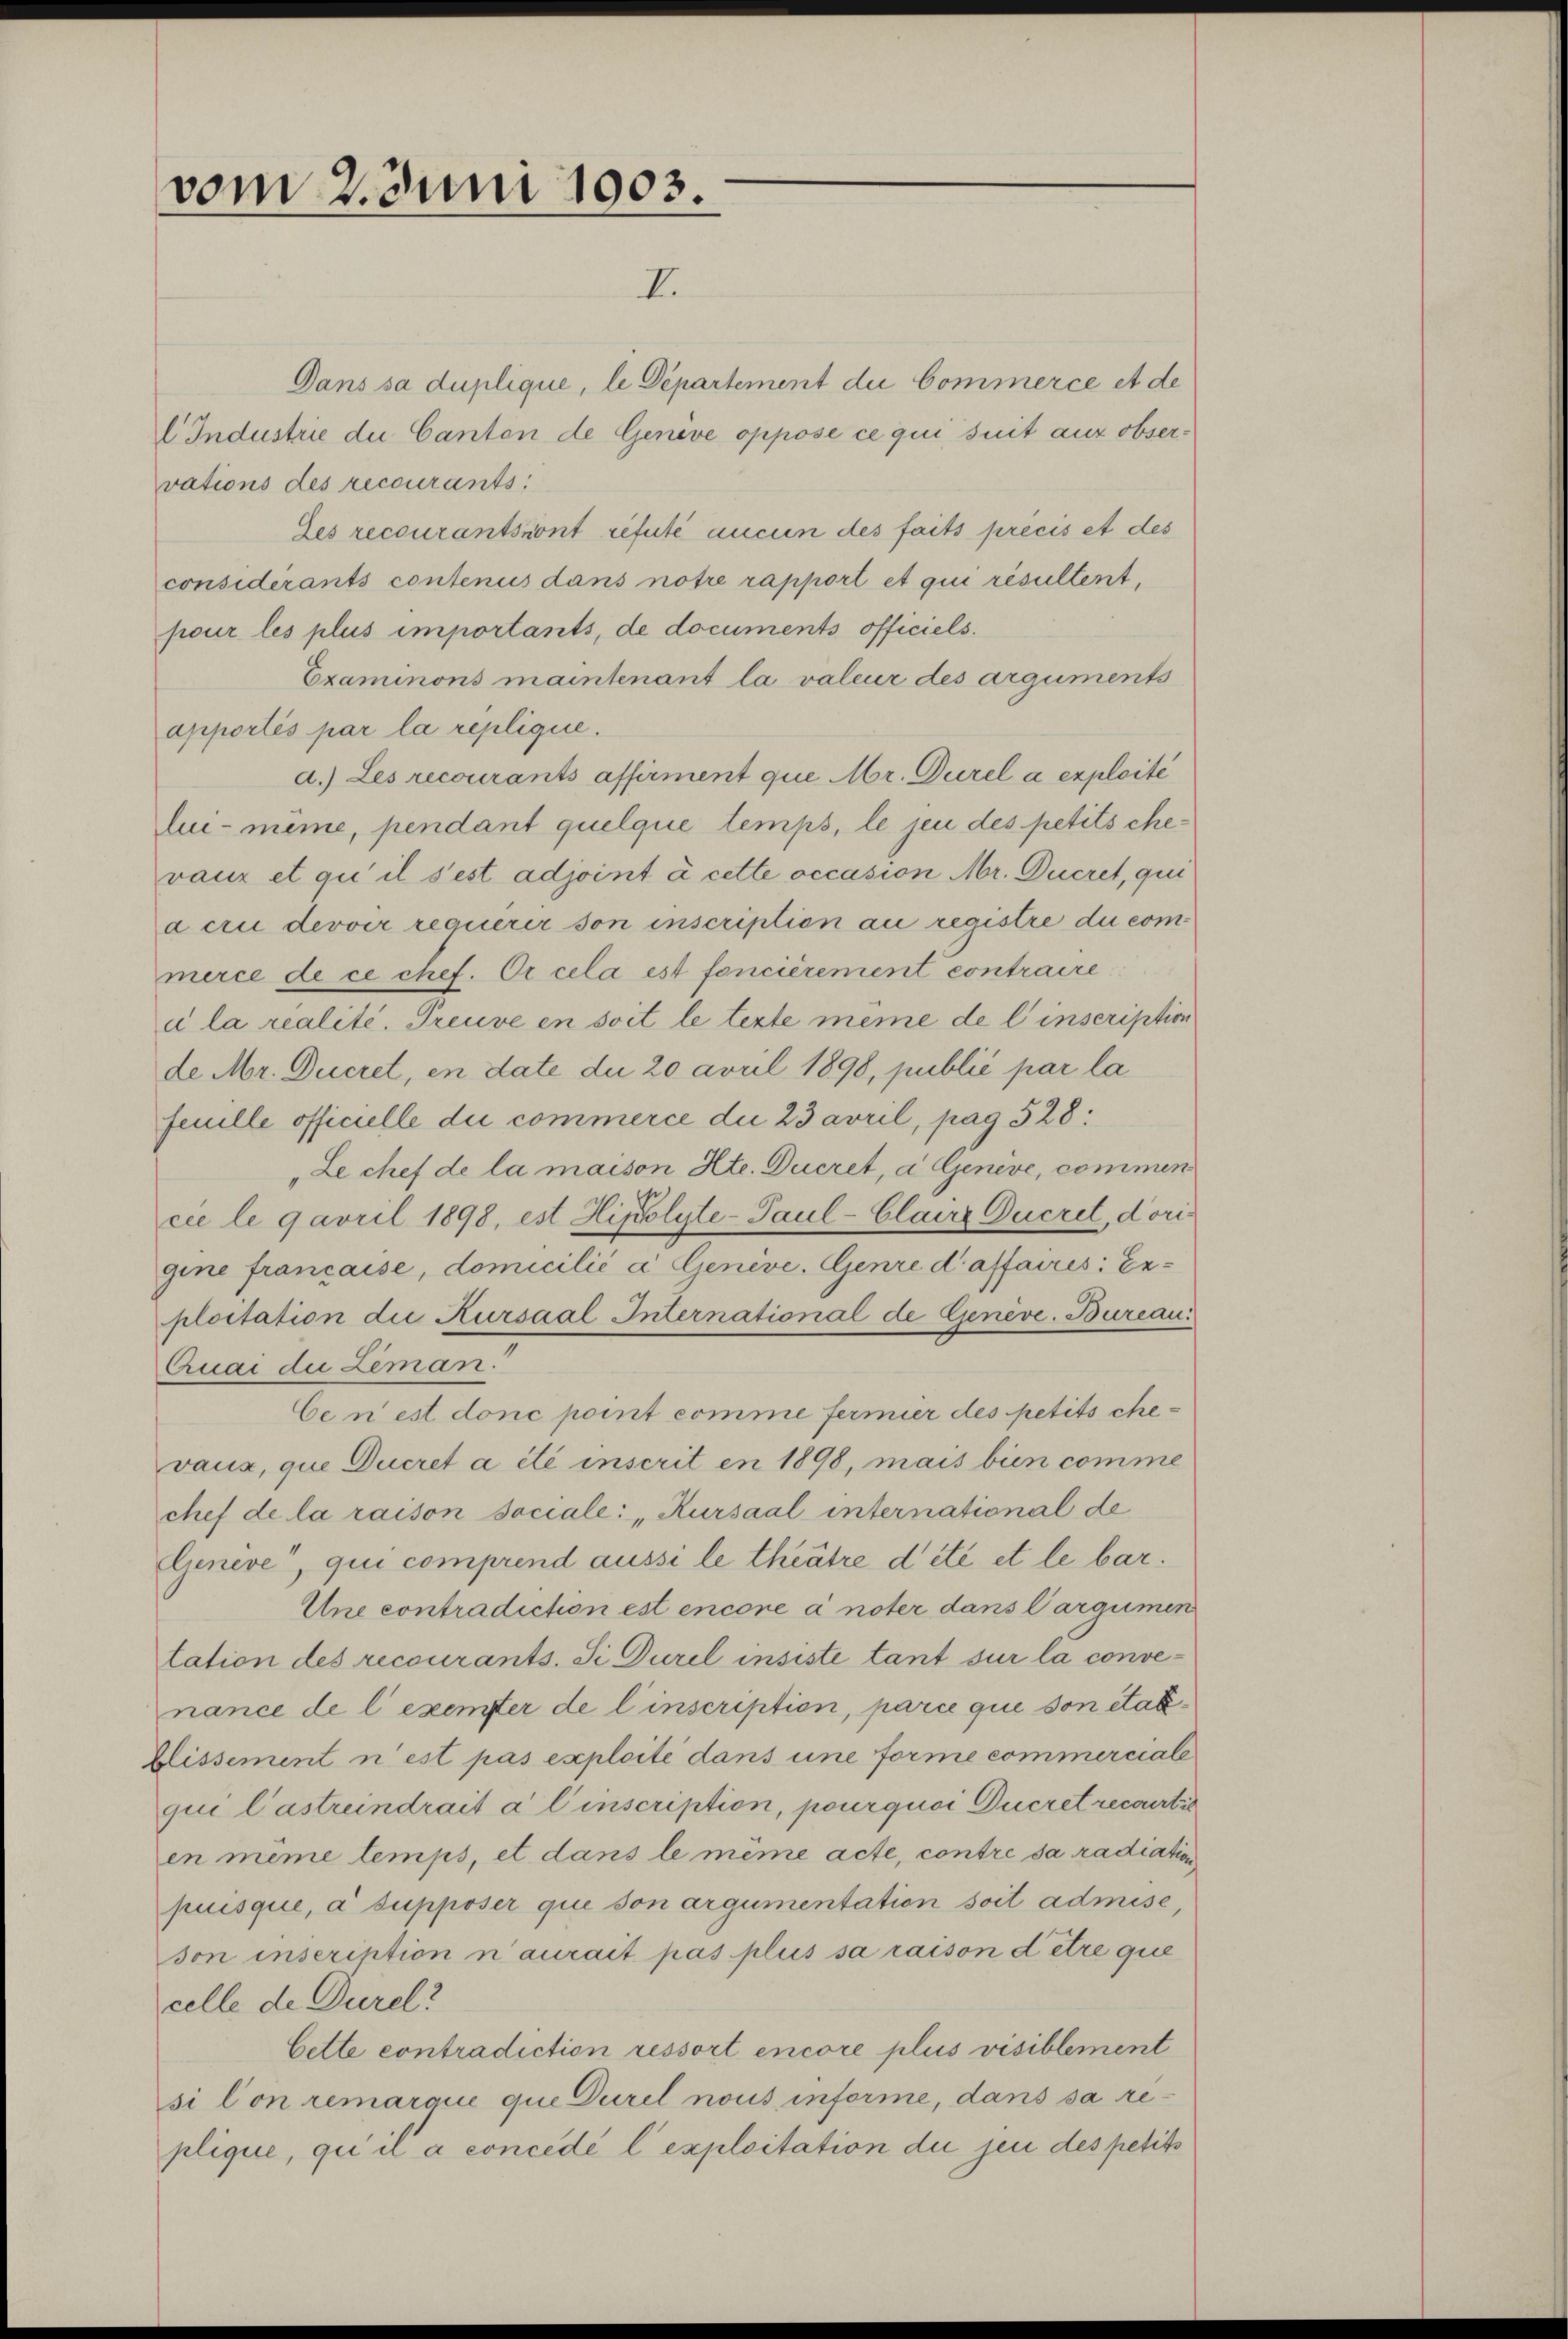
vom 2. Juni 1903.

I
Dans sa duplique, le Departement du Commerce et de
l Industrie du Canton de Geneve oppose ce qui suit aux observations des recourants:
des recourantsront refuté aucun des faits précis et des
considérants contenus dans notre rapport et qui résultent,
pour les plus importants, de documents officiels.
Examinons maintenant la valeur des arguments
apportés par la replique.
d.) Les recourants affirment que Mr. Durel à exploité
lui-même, pendant quelque temps, le jen des petitschevaux et qui il s’est adjoint à cette occasion Mr. Ducret, qui
dcri devoir requérir son inscription au registre du commerce de ce chef. Or cela est foncièrement contraire
c la realité. Treuve en soit le texte même de l’inscription
de Mr. Ducret, en date die 20 April 1898, publié par la
feuille officielle die commerce die 23 avril, pag. 528:
Le chef de la maison Hte. Ducret, d Genève, commen
cie le qavril 1898, est Hipolyte-Paul -Claire Queret, dorigine francaise, domicilié a Geneve. Genre d’affaires: Er-
ploitation die Kursaal International de Genève-Bureau.
Cruai du Zeman.
Ce n’est donc point comme fermier des petits chevaux, que Ducret a été inscrit en 1898, mais bien comme
chef de la raison sociale: „Kursaal international de
Geneve", qui comprend aussi le theatre dété et le bar.
Une contradiction est encore à nöter dans Cargumen
lation des recourants. Si Durel insiste tant sur la convenance de l’exemter de l’inscription, parie que son état¬
Zlissement n’est pas exploité dans une forme commerciale
qui Castrendrait à l’inscription, pourquoi Ducret recourtie
en même temps, et dans le même acte, contre sa radiation
puisque, a supposer qui son argumentation soit admise,
son inscription n’aurait pas plus sa raison detre que
celle de Dürel?
Cette contradiction ressort encore plus visiblement
si lon remarque que Durel nous informe, dans sa replique, qui il a concede l’exploitation die jen des petits